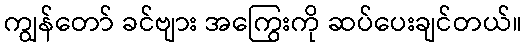
ကျွန်တော် ခင်ဗျား အကြွေးကို ဆပ်ပေးချင်တယ်။